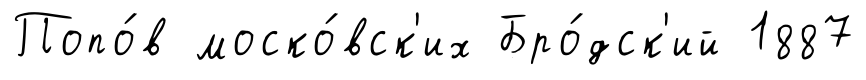
Попо́в моско́вск'их Бро́дск'ий 1887